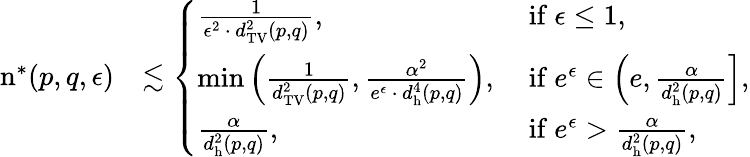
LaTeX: \begin{array}{rl}{\mathrm{n}^{*}(p,q,\epsilon)}&{\lesssim\left\{ \begin{array}{ll}{\frac{1}{\epsilon^{2}\, \cdot\, d_{\mathrm{TV}}^{2}(p,q)},}&{\mathrm{~if~}\epsilon\leq 1,}\\ {\operatorname*{min}\left(\frac{1}{d_{\mathrm{TV}}^{2}(p,q)},\frac{\alpha^{2}}{e^{\epsilon}\, \cdot\, d_{\mathrm{h}}^{4}(p,q)}\right),}&{\mathrm{~if~}e^{\epsilon}\in\left(e,\frac{\alpha}{d_{\mathrm{h}}^{2}(p,q)}\right],}\\ {\frac{\alpha}{d_{\mathrm{h}}^{2}(p,q)},}&{\mathrm{~if~}e^{\epsilon}>\frac{\alpha}{d_{\mathrm{h}}^{2}(p,q)},}\end{array}\right.}\end{array}